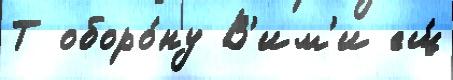
Т оборо́ну В'им'и ещ́